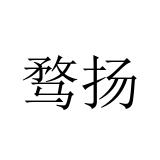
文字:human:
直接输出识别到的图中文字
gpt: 骛扬